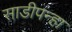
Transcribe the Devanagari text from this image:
साडीपन्हा